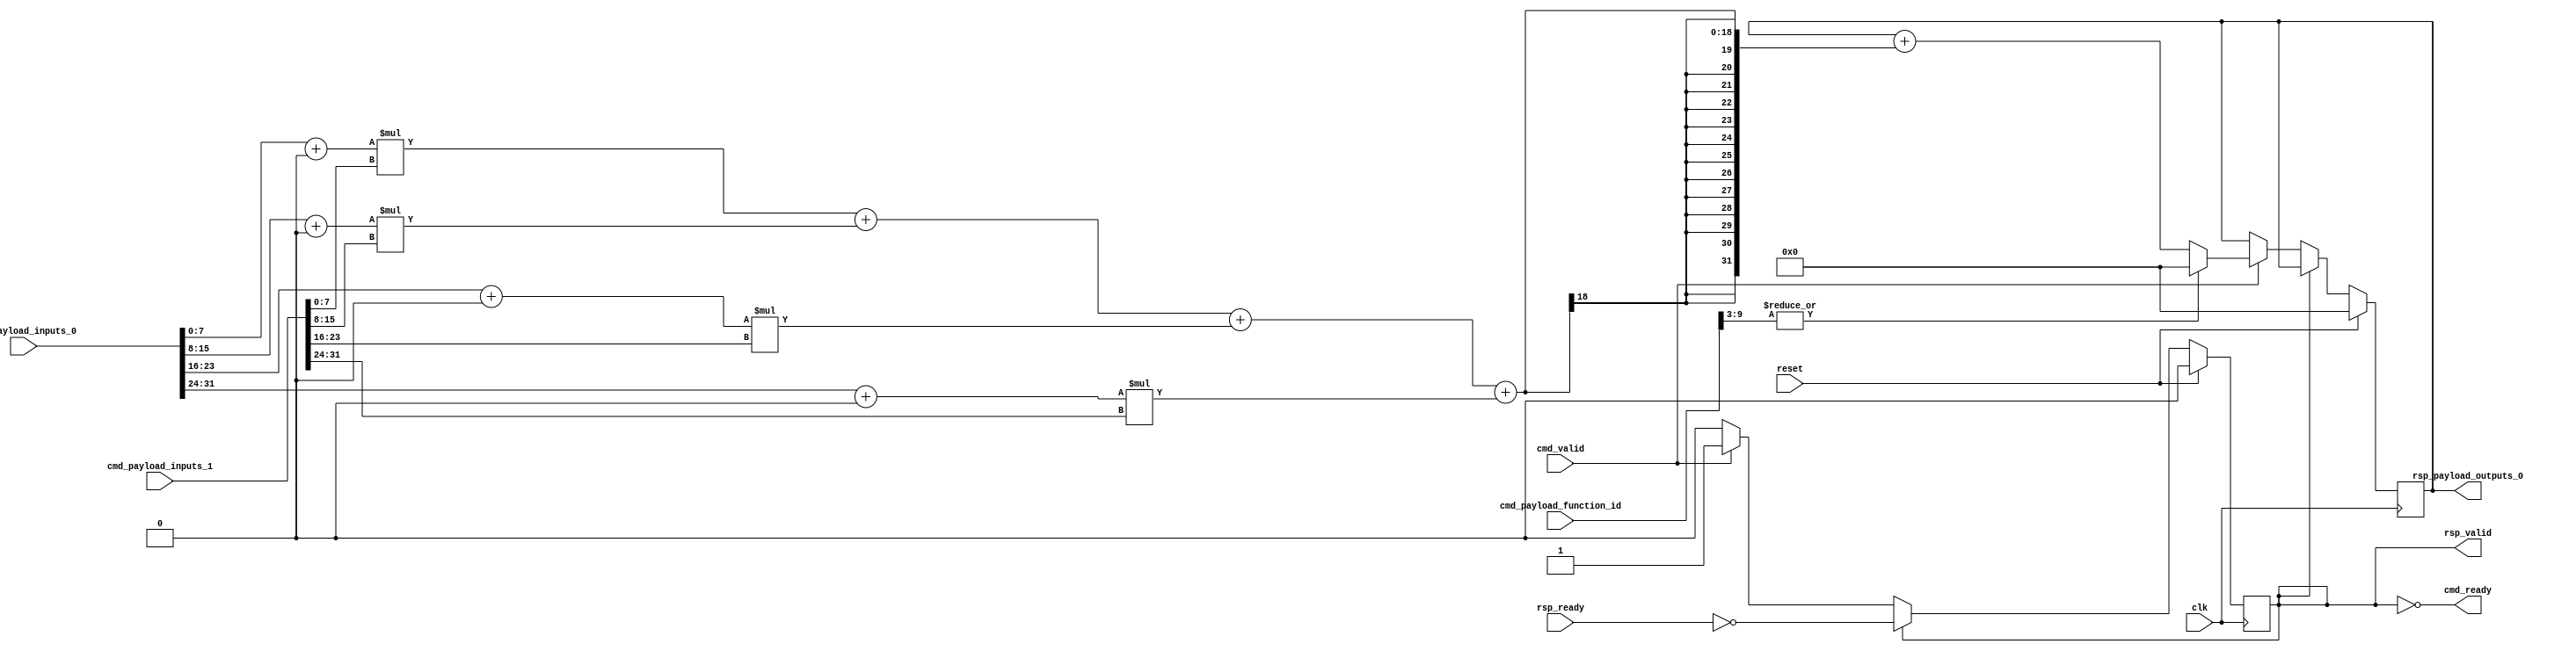
module Cfu (
  input               cmd_valid,
  output              cmd_ready,
  input      [9:0]    cmd_payload_function_id,
  input      [31:0]   cmd_payload_inputs_0,
  input      [31:0]   cmd_payload_inputs_1,
  output reg          rsp_valid,
  input               rsp_ready,
  output reg [31:0]   rsp_payload_outputs_0,
  input               reset,
  input               clk
);
  localparam InputOffset = $signed(9'd0);

  // SIMD multiply step:
  wire signed [15:0] prod_0, prod_1, prod_2, prod_3;
  assign prod_0 =  ($signed(cmd_payload_inputs_0[7 : 0]) + InputOffset)
                  * $signed(cmd_payload_inputs_1[7 : 0]);
  assign prod_1 =  ($signed(cmd_payload_inputs_0[15: 8]) + InputOffset)
                  * $signed(cmd_payload_inputs_1[15: 8]);
  assign prod_2 =  ($signed(cmd_payload_inputs_0[23:16]) + InputOffset)
                  * $signed(cmd_payload_inputs_1[23:16]);
  assign prod_3 =  ($signed(cmd_payload_inputs_0[31:24]) + InputOffset)
                  * $signed(cmd_payload_inputs_1[31:24]);

  wire signed [31:0] sum_prods;
  assign sum_prods = prod_0 + prod_1 + prod_2 + prod_3;

  // Only not ready for a command when we have a response.
  assign cmd_ready = ~rsp_valid;

  always @(posedge clk) begin
    if (reset) begin
      rsp_payload_outputs_0 <= 32'b0;
      rsp_valid <= 1'b0;
    end else if (rsp_valid) begin
      // Waiting to hand off response to CPU.
      rsp_valid <= ~rsp_ready;
    end else if (cmd_valid) begin
      rsp_valid <= 1'b1;
      // Accumulate step:
      rsp_payload_outputs_0 <= |cmd_payload_function_id[9:3]
          ? 32'b0
          : rsp_payload_outputs_0 + sum_prods;
    end
  end
endmodule